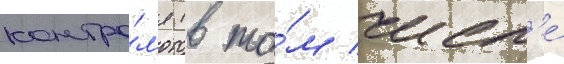
контро́л'я (в то́м числ'е́